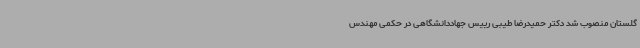
گلستان منصوب شد دکتر حمیدرضا طیبی رییس جهاددانشگاهی در حکمی مهندس